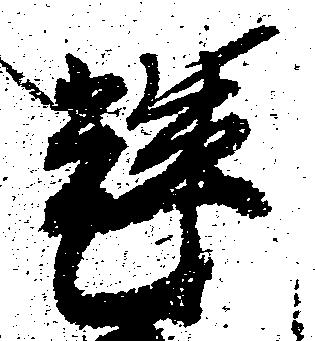
輝